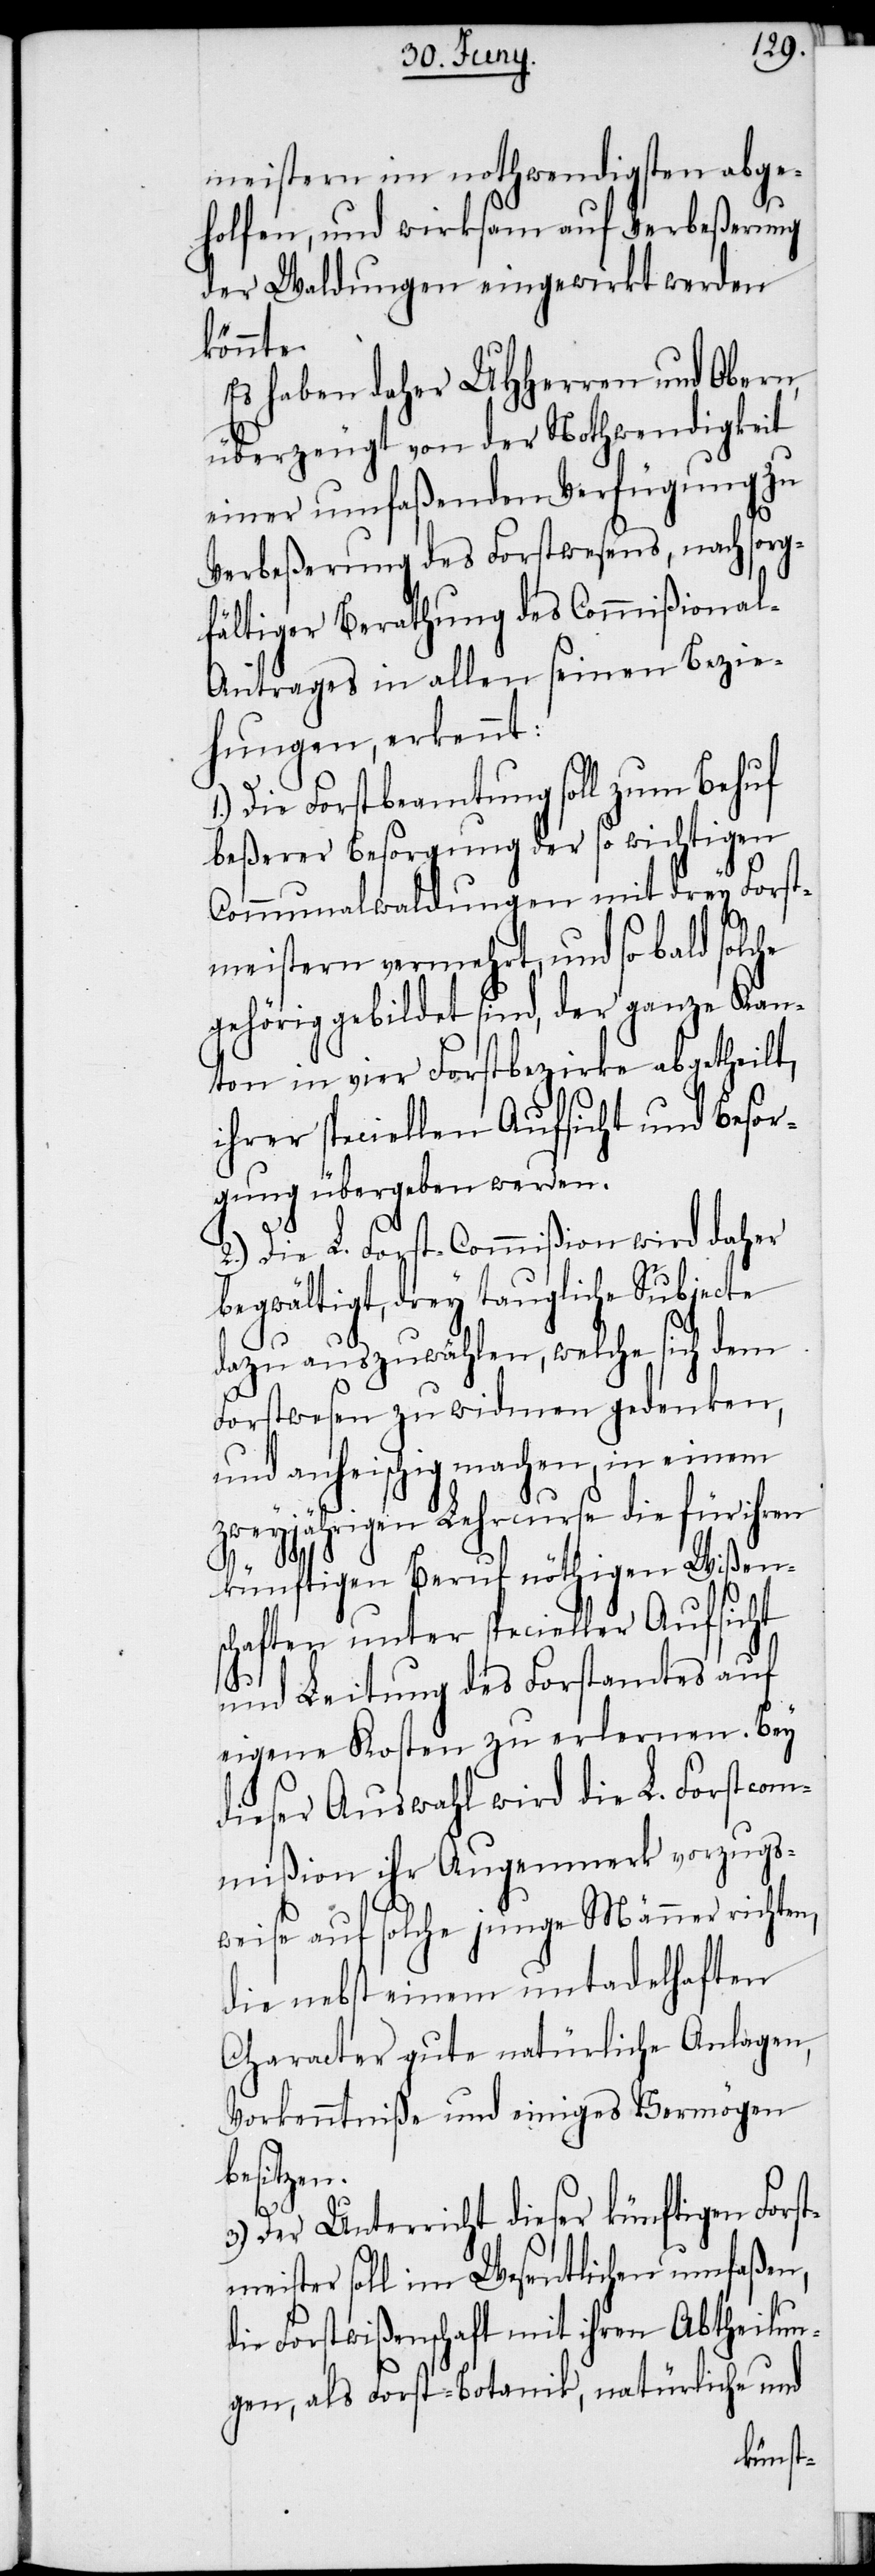
meistern im nothwendigsten abge¬
holfen, und wirksam auf Verbeßerung
der Waldungen eingewirkt werden
könnte.
Es haben daher UHHerren und Obern,
überzeugt von der Nothwendigkeit
einer umfaßenden Verfügung zu
Verbeßerung des Forstwesens, nach sorg¬
fältiger Berathung des Commißiona¬
l-Antrages in allen seinen Bezie¬
hungen, erkennt:
Die Forstbeamtung soll zum Behuf
beßerer Besorgung der so wichtigen
Communalwaldungen mit drey Forst¬
meistern vermehrt, und so bald solche
gehörig gebildet sind, der ganze Kan¬
ton in vier Forstbezirke abgetheilt,
ihrer speciellen Aufsicht und Besor¬
gung übergeben werden.
2.) Die L. Forst-Commißion wird daher
begwältigt, drey taugliche Subjecte
dazu auszuwählen, welche sich dem
Forstwesen zu widmen gedenken,
und anheischig machen, in einem
zweyjährigen Lehrcurse die für ihren
künftigen Beruf nöthigen Wißen¬
schaften unter specieller Aufsicht
und Leitung des Forstamtes auf
eigene Kosten zu erlernen. Bey
dieser Auswahl wird die L. Forstcom¬
mißion ihr Augenmerk vorzugs¬
weise auf solche junge Männer richten,
die nebst einem untadelhaften
Character gute natürliche Anlagen,
Vorkenntniße und einiges Vermögen
besitzen.
3.)
Der Unterricht dieser künftigen Forst¬
meister soll im Wesentlichen umfaßen,
die Forstwißenschaft mit ihren Abtheilun¬
gen, als Forst-Botanik, natürliche und